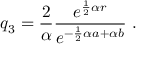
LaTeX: q _ { 3 } = \frac { 2 } { \alpha } \frac { e ^ { \frac { 1 } { 2 } \alpha r } } { e ^ { - \frac { 1 } { 2 } \alpha a + \alpha b } } \ .